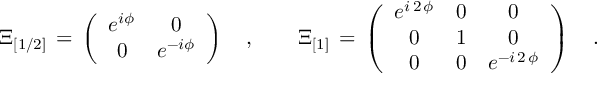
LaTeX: { \mit \Xi } _ { [ 1 / 2 ] } \, = \, \left( \begin{array} { c c } { { e ^ { i \phi } } } & { { 0 } } \\ { { 0 } } & { { e ^ { - i \phi } } } \end{array} \right) \quad , \qquad { \mit \Xi } _ { [ 1 ] } \, = \, \left( \begin{array} { c c c } { { e ^ { i \, 2 \, \phi } } } & { { 0 } } & { { 0 } } \\ { { 0 } } & { { 1 } } & { { 0 } } \\ { { 0 } } & { { 0 } } & { { e ^ { - i \, 2 \, \phi } } } \end{array} \right) \quad .